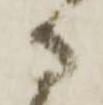
守